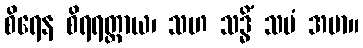
စိရေန စိရရတ္တာယ၊ သဟ သဒ္ဓိံ သမံ အမာ။